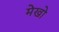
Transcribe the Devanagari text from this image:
मेखो